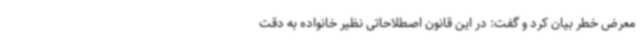
معرض خطر بیان کرد و گفت: در این قانون اصطلاحاتی نظیر خانواده به دقت